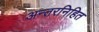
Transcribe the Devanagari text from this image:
अन्तरनिहित